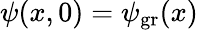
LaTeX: \psi(x,0)=\psi_{\mathrm{gr}}(x)